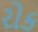
રોક